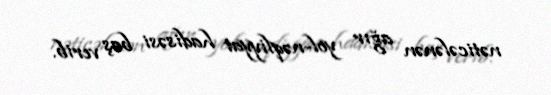
nəticələnən ağır yol-nəqliyyat hadisəsi baş verib.